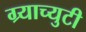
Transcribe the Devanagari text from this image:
ग्र्याच्युटी